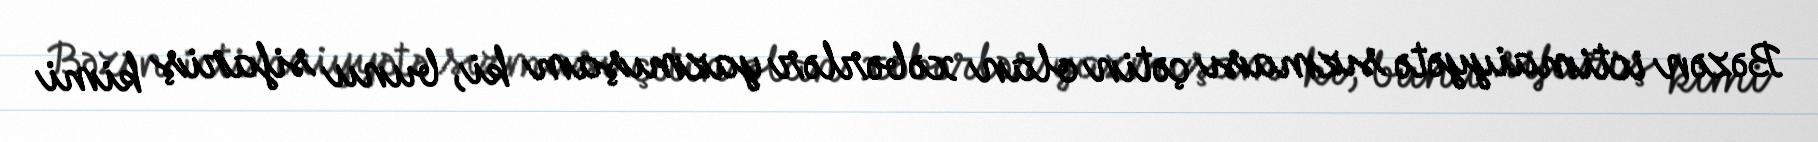
Bəzən ictimaiyyətə sızması çətin olan xəbərlər yazmışam ki, bunu sifariş kimi